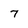
Character: 7